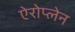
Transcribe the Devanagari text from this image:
ऐरोप्लेन